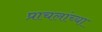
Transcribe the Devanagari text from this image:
प्राचलांच्या